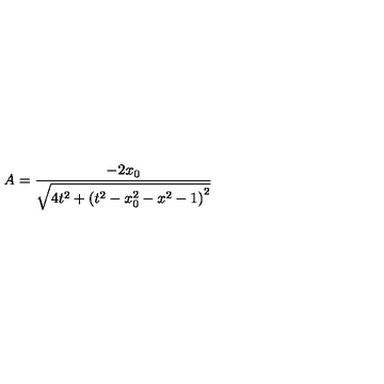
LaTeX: A = \frac { - 2 x _ { 0 } } { \sqrt { 4 t ^ { 2 } + \left( t ^ { 2 } - x _ { 0 } ^ { 2 } - x ^ { 2 } - 1 \right) ^ { 2 } } }